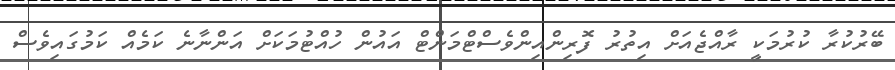
ބޭރުކުރާ ކުރުމަކީ ރާއްޖެއަށް އިތުރު ފޮރިންއިންވެސްޓްމަންޓް އައުން ހުއްޓުމަކަށް އަންނާނެ ކަމެއް ކަމުގައިވެސް